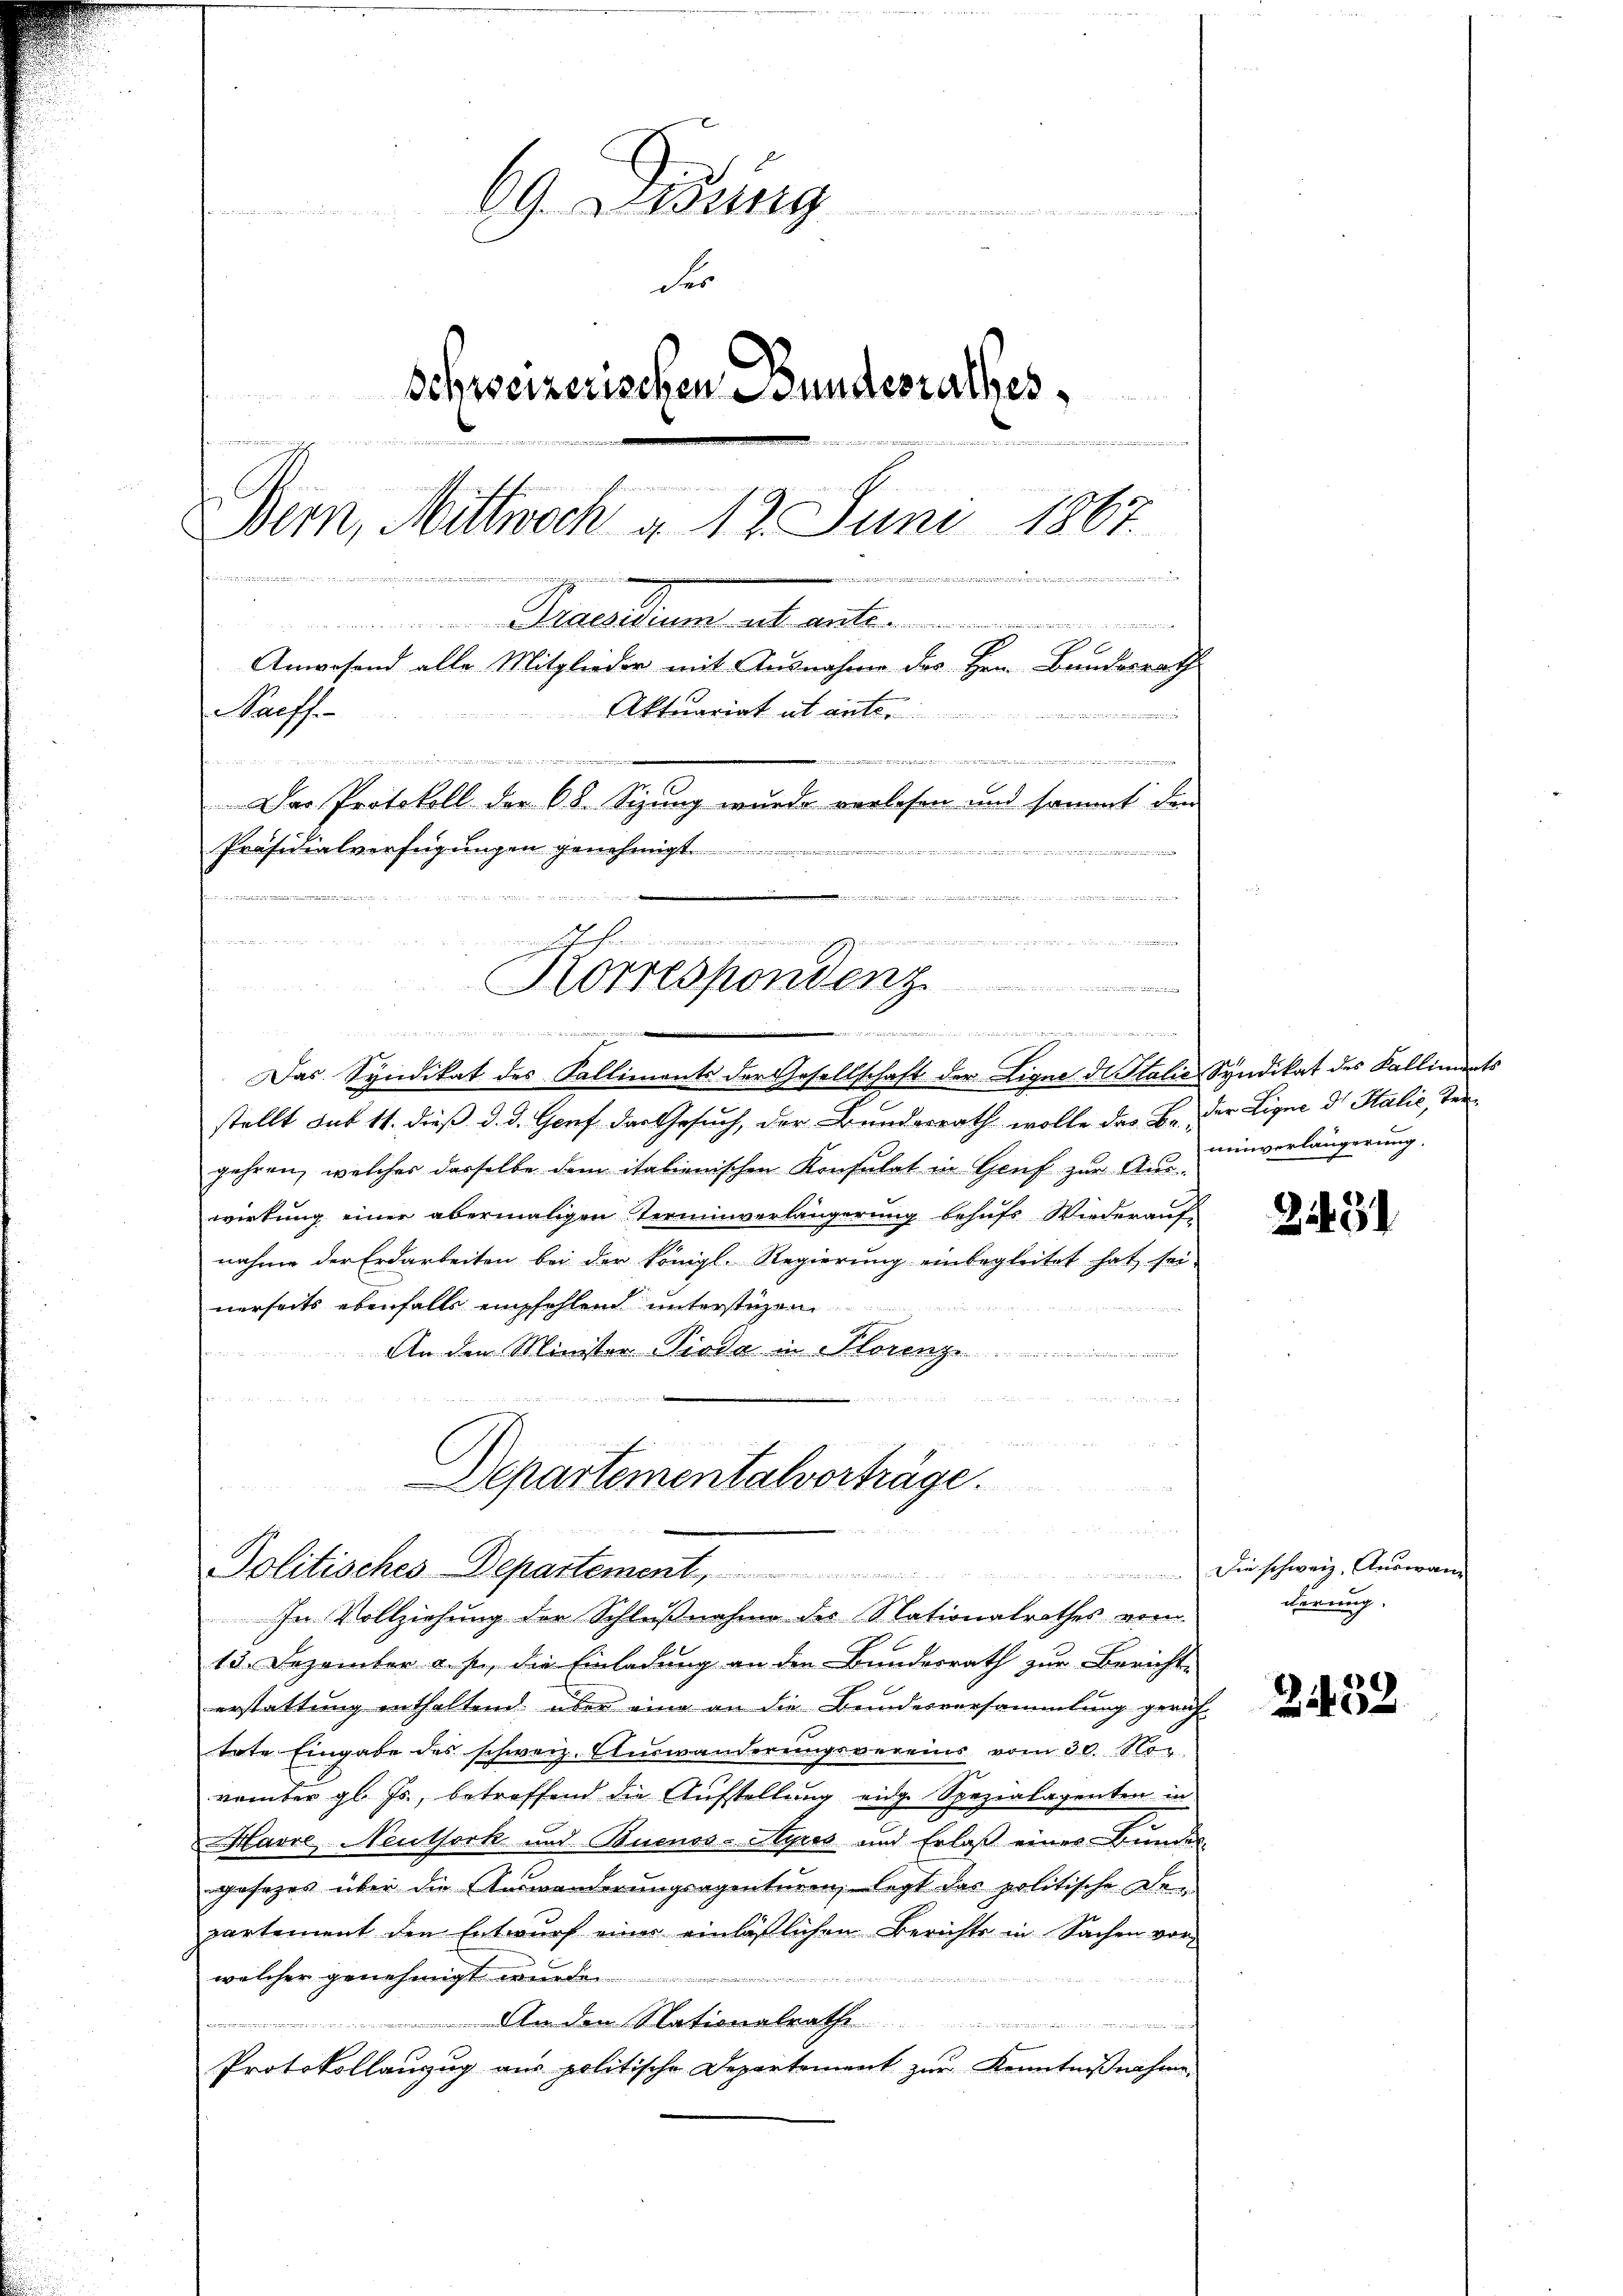
69 Didung
   Ma
der
Schweizerischen Bundesrathes,

Bern, Mittwoch a 12 Juni 1867
u
5
.
iri den an di
desima
Anwesend alle Mitglieder mit Ausnahme des Hrn. Bundesrath
Aktuariat it ent
Raiffe
n
t
de
Der Protokoll der 68. Sizung wurde verlesen und sammt den
Präsidialverfügungen genehmigt.
e

i ref. J. und einer ein sei der einer eine ses ein einlich der einen in werde nichten er die der zur und dersehenen den
Fahrhammen
Korrespondenz
i
iis sei an die in diesen sei daher hätte de leider

Das Syndikat des Kalliments der Gesellschaft der Ligne di Stalić Syndikat des Kalliments
stellt sub 11. dieß d. d. Genf der Gesuch, der Bundesrath wolle das Bei der Ligne d. Halić, Tergehren, welcher dasselbe dem italienischen Konsulat in Genf zur Auswirkung einer abermaligen Terminverlängerung behufs Wiederauf-
nahme der Erdarbeiten bei der Königl. Regierung einbegleitet hat sei
nerseits ebenfalls empfehlend unterstigen
An den Minister Tieda in Storenz

Departementalverträge.

u
 55 xx
Politisches Departement, die schweiz. Aŭswan
In Vollziehung der Schlußnahme des Nationalrathes vom

13. Dezember a. p., die Einladung an den Bundesrath zur Bericht-
erstattung enthaltend über eine an die Bundesversammlung gerich-
tote Eingabe des schweiz. Auswanderungsvereins vom 30. No
vember gl. Js., betreffend die Aufstellung eidge Spezialagenten in
Havre Neuthork und Buenos-Ayres und Erlaß einer Bunder
gesezes über die Auswanderungsagenturen, legt das politische Departement den Entwurf einer einläßlichen Berichte in Sachen vor-
welcher genehmigt werde.

An dem Nationalrathe
e
Protokollanzug aus politische Departement zŭr Kenntniβnahme

einverlängerung.

2431

derung.

2438